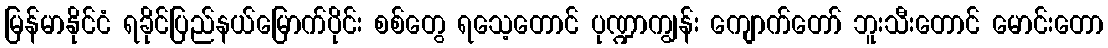
မြန်မာနိုင်ငံ ရခိုင်ပြည်နယ်မြောက်ပိုင်း စစ်တွေ ရသေ့တောင် ပုဏ္ဍာကျွန်း ကျောက်တော် ဘူးသီးတောင် မောင်းတော